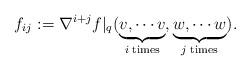
LaTeX: \begin{align*}f_{ij} & := \nabla^{i+j} f|_{q}(\underbrace{v,\cdots v}_{\textnormal{$i$ times}}, \underbrace{w,\cdots w}_{\textnormal{$j$ times}}).\end{align*}